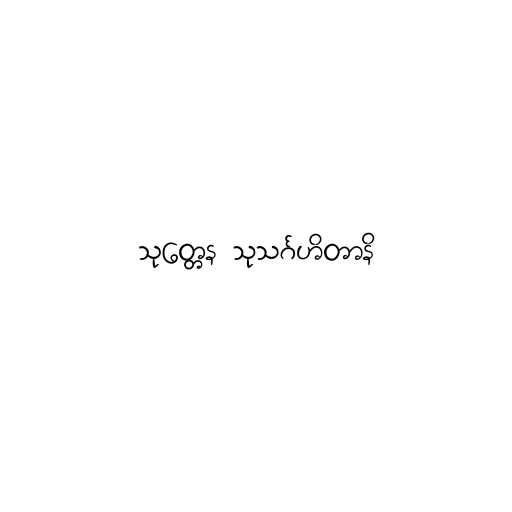
သုတ္တေန သုသင်္ဂဟိတာနိ